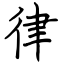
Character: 律